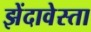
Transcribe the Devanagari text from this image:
झेंदावेस्ता